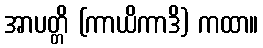
အာပတ္တိ (ကာယိကာဒိ) ကထာ။